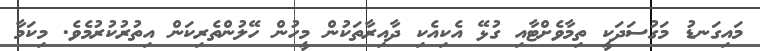
މައިގަނޑު މަގުސަދަކީ ތިމާވެށްޓާއި ގުޅޭ އެކިއެކި ދާއިރާތަކުން މީހުން ހޭލުންތެރިކަން އިތުރުކުރުމެވެ. މިކަމާ